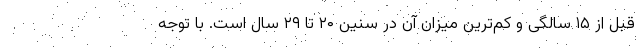
قبل از ۱۵ سالگی و کم‌ترین میزان آن در سنین ۲۰ تا ۲۹ سال است. با توجه